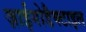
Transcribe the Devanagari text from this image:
ज़ाईगोडैक्टाइल